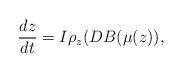
LaTeX: \begin{align*} \frac{dz}{dt}= I \rho_{z} (DB(\mu(z)), \end{align*}